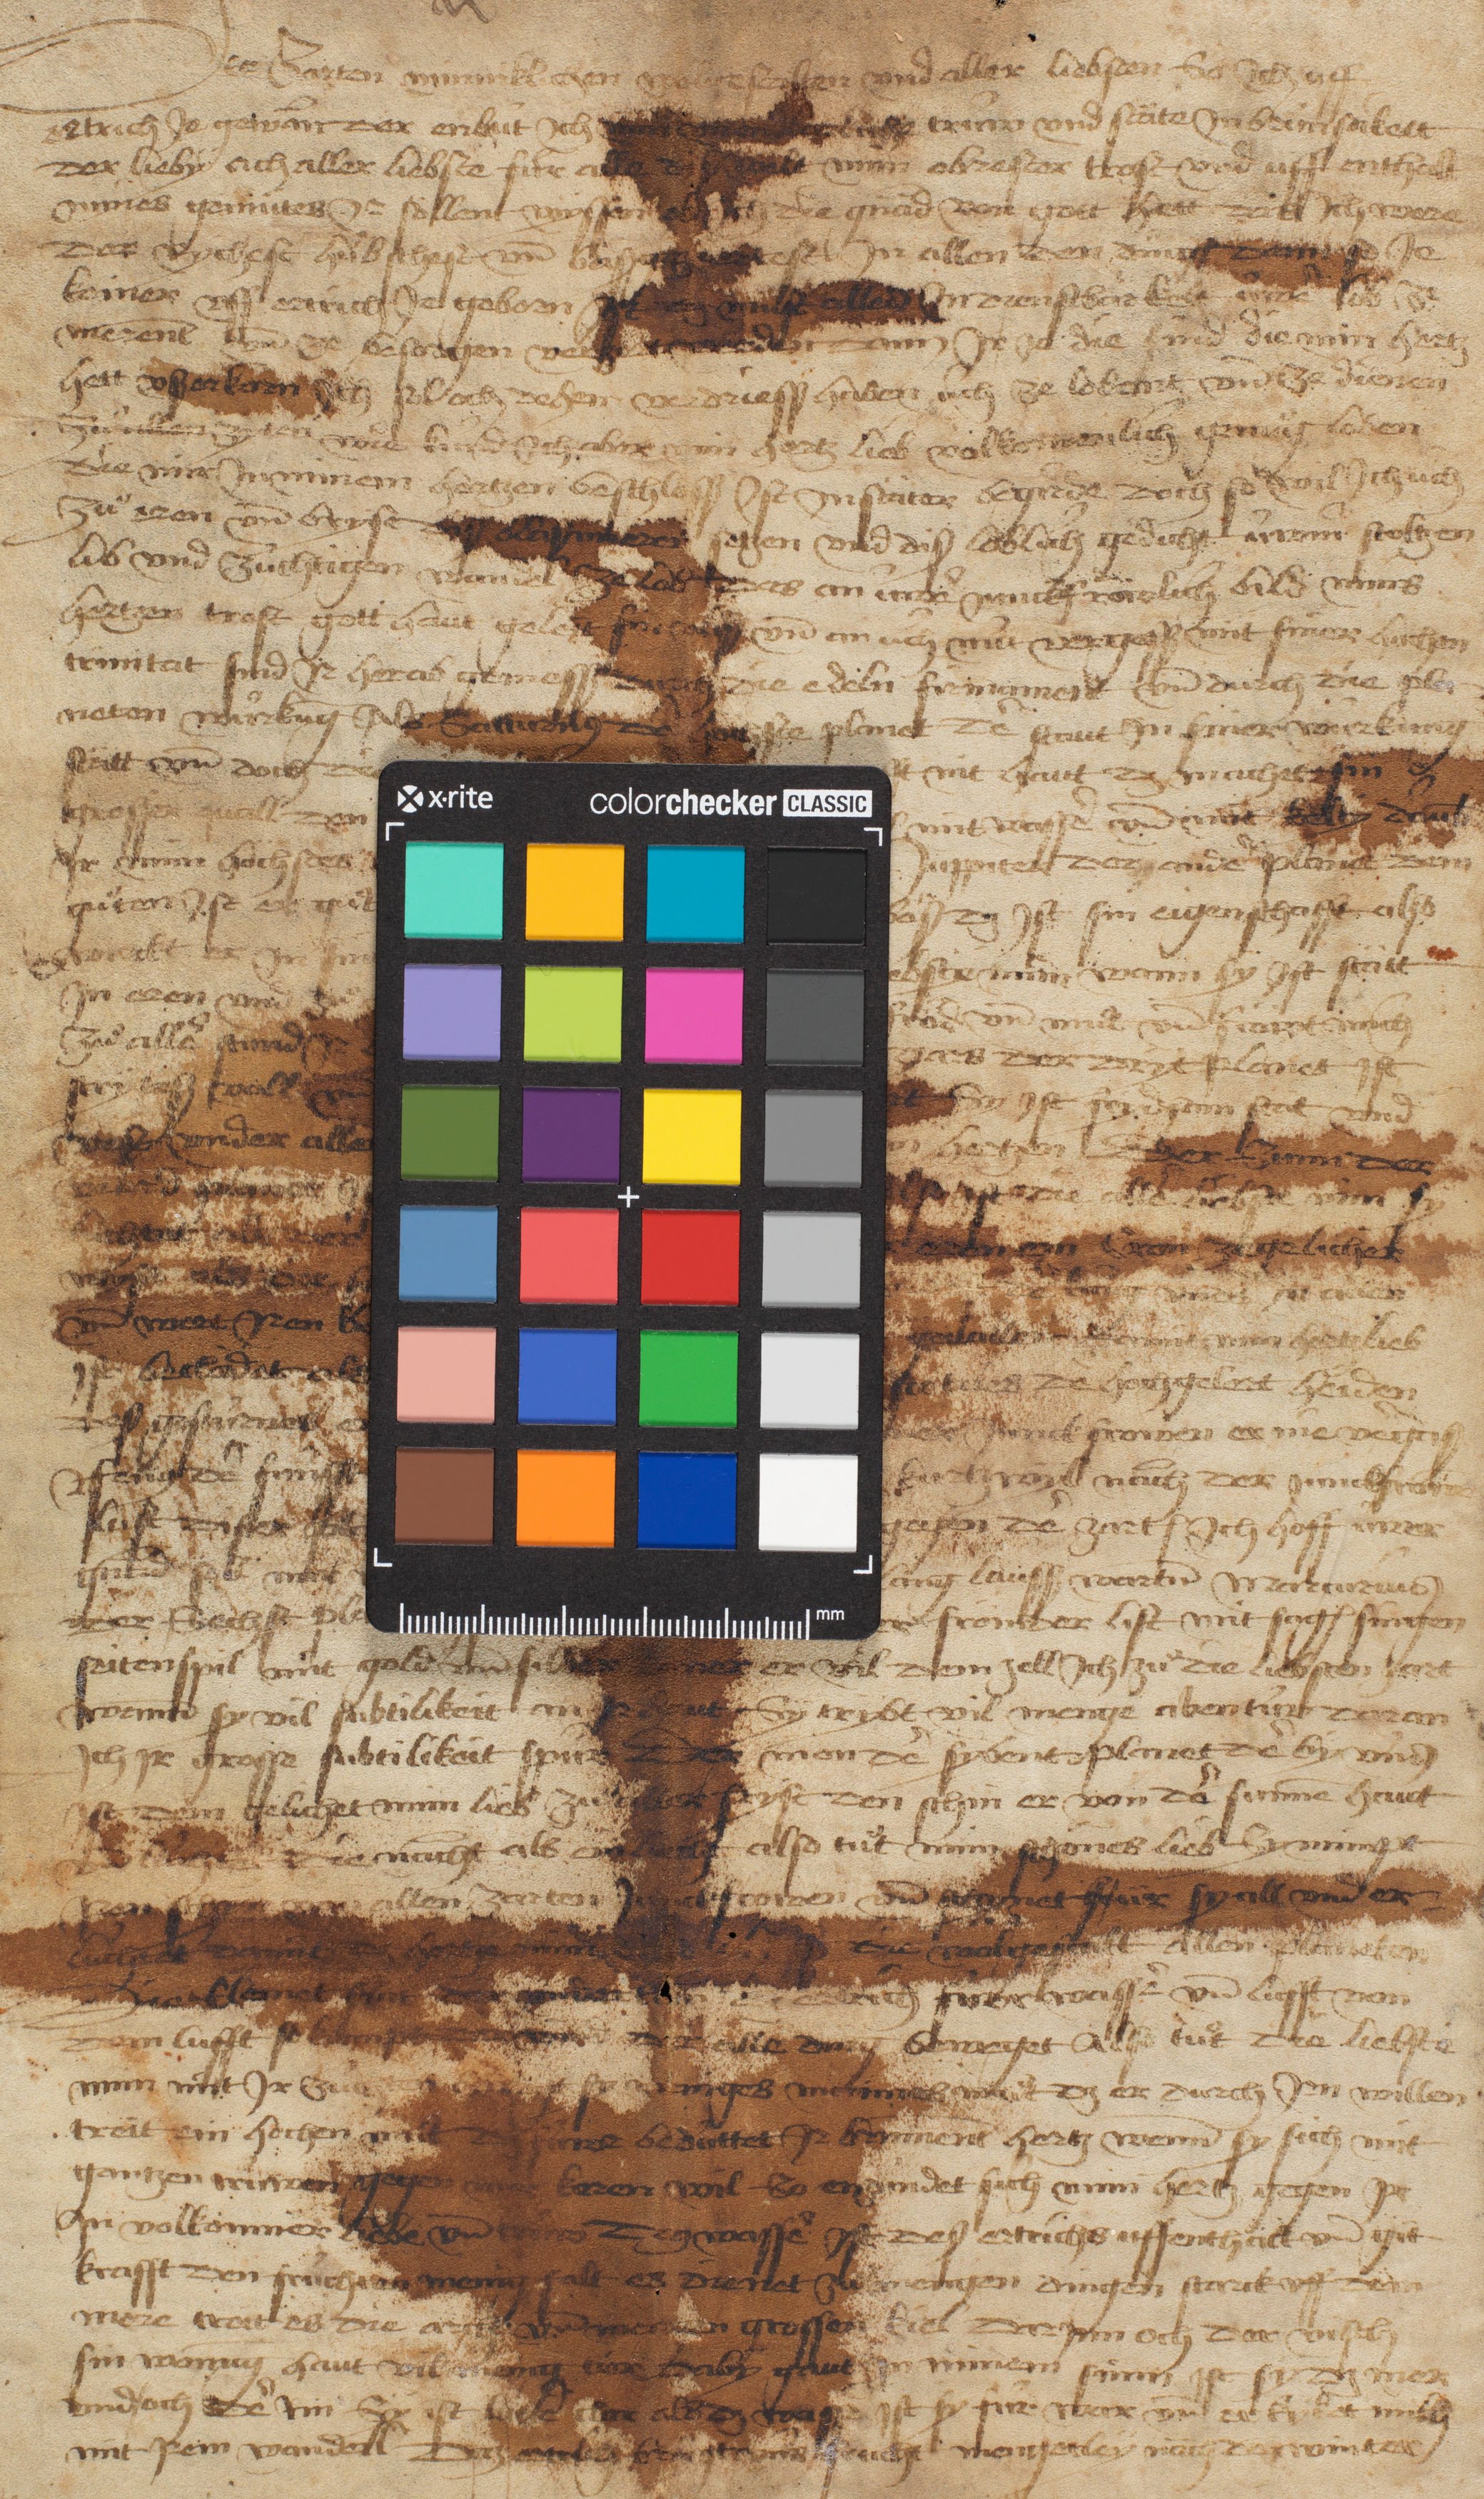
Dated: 1450–1499